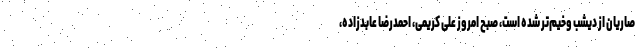
صاریان از دیشب وخیم‌تر شده است، صبح امروز علی کریمی، احمدرضا عابدزاده،